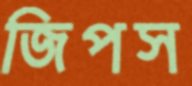
জিপস